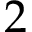
2